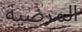
المرضیة